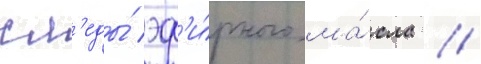
сл'еды́ эф'и́рного ма́сла //